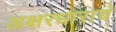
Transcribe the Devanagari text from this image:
अक्षरधाराचे